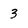
Character: 3